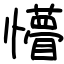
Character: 懵